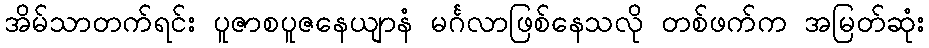
အိမ်သာတက်ရင်း ပူဇာစပူဇနေယျာနံ မင်္ဂလာဖြစ်နေသလို တစ်ဖက်က အမြတ်ဆုံး